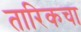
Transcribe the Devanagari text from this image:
तारिकचा